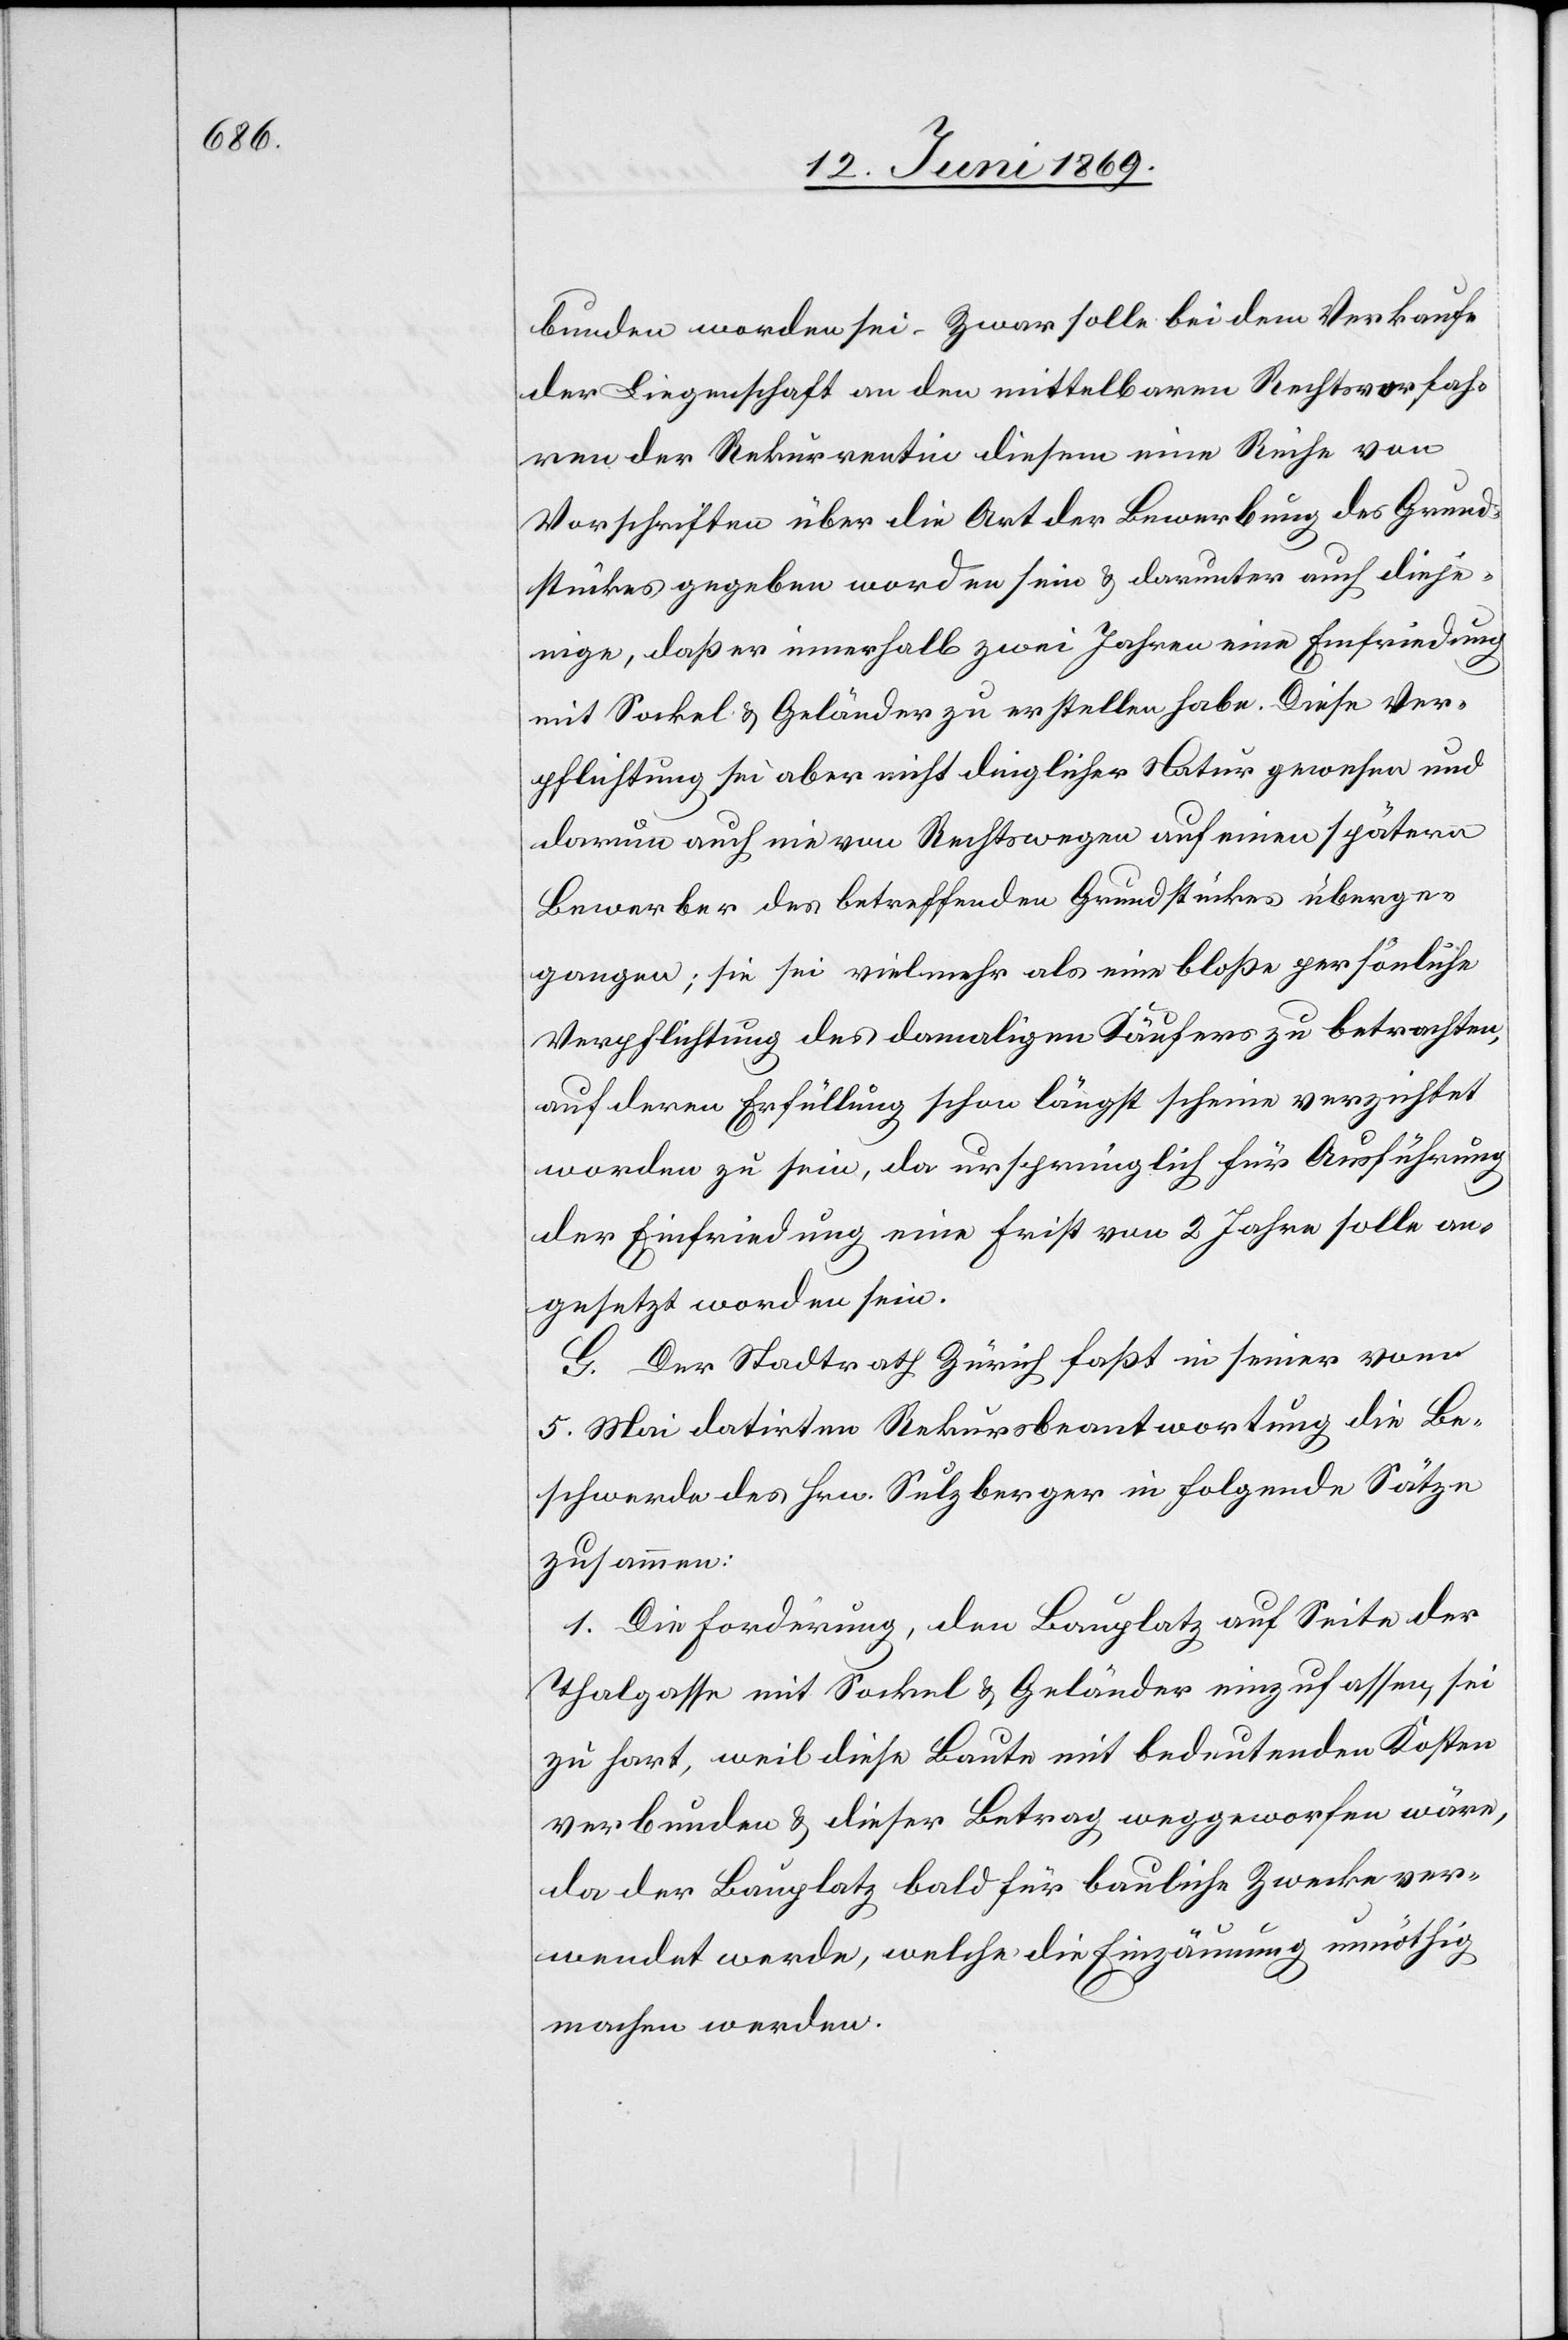
bunden worden sei. Zwar solle bei dem Verkaufe
der Liegenschaft an den mittelbaren Rechtsvorfah¬
ren der Rekurrentin diesem eine Reihe von
Vorschriften über die Art der Bewerbung des Grund¬
stückes gegeben worden sein u. darunter auch dieje¬
nige, daß er innerhalb zwei Jahren eine Einfriedung
mit Sockel u. Geländer zu erstellen habe. Diese Ver¬
pflichtung sei aber nicht dinglicher Natur gewesen und
darum auch nie von Rechtswegen auf einen spätern
Bewerber des betreffenden Grundstückes überge¬
gangen; sie sei vielmehr als eine bloße persönliche
Verpflichtung des damaligen Käufers zu betrachten,
auf deren Erfüllung schon längst scheine verzichtet
worden zu sein, da ursprünglich für Ausführung
der Einfriedung eine Frist von 2 Jahren solle an¬
gesetzt worden sein.
G. Der Stadtrath Zürich faßt in seiner vom
5. Mai datirten Rekursbeantwortung die Be¬
schwerde des Hrn. Sulzberger in folgende Sätze
zusammen:
1. Die Forderung, den Bauplatz auf Seite der
Thalgasse mit Sockel u. Geländer einzufassen, sei
zu hart, weil diese Baute mit bedeutenden Kosten
verbunden u. dieser Betrag weggeworfen wäre,
da der Bauplatz bald für bauliche Zwecke ver¬
wendet werde, welche die Einzäunung unnöthig
machen werde.